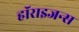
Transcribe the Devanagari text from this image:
हॉराइजन्स